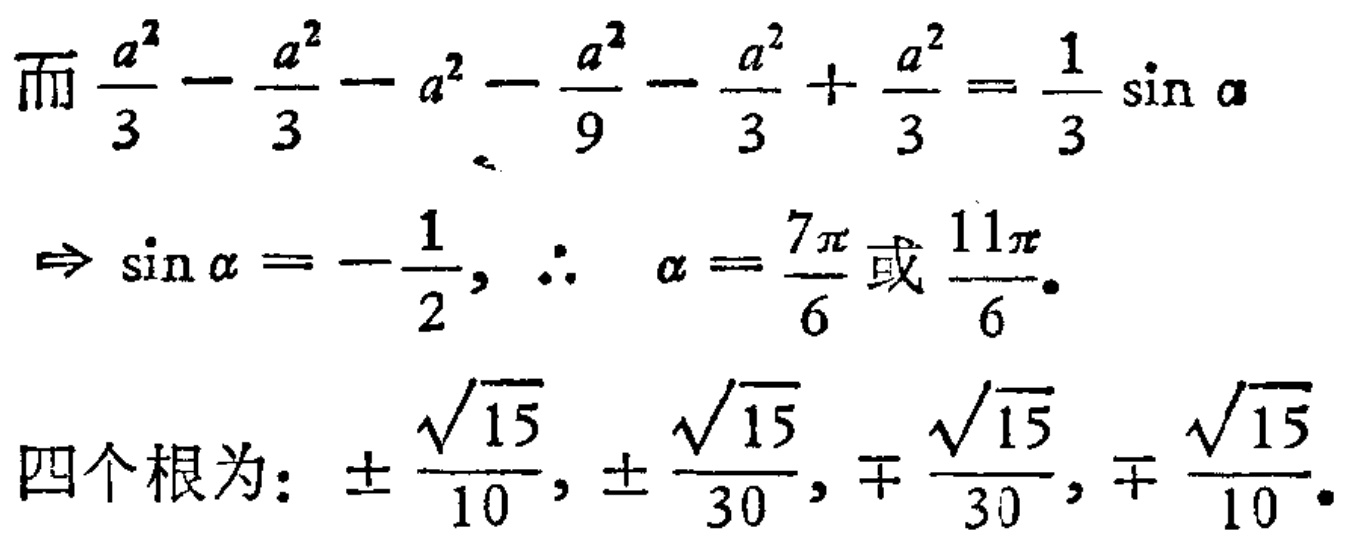
而$\frac{a^{2}}{3}-\frac{a^{2}}{3}-a^{2}-\frac{a^{2}}{9}-\frac{a^{2}}{3}+\frac{a^{2}}{3}=\frac{1}{3}\sin \alpha$
$\Rightarrow \sin \alpha =-\frac{1}{2}, \therefore \alpha =\frac{7\pi}{6}或\frac{11\pi}{6}.$
四个根为: $\pm\frac{\sqrt{15}}{10},\pm\frac{\sqrt{15}}{30},\mp\frac{\sqrt{15}}{30},\mp\frac{\sqrt{15}}{10}.$